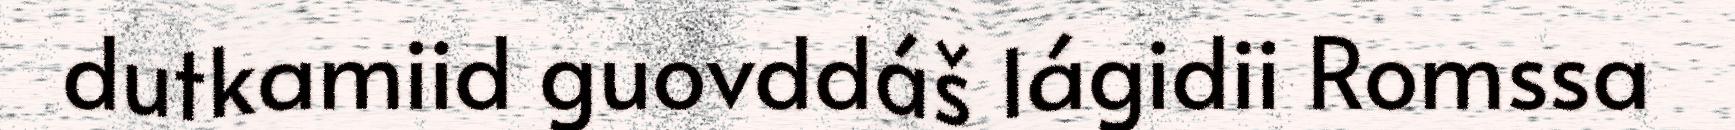
dutkamiid guovddáš lágidii Romssa